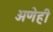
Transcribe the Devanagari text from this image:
अणेही